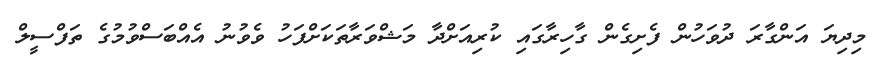
މިދިޔަ އަންގާރަ ދުވަހުން ފެށިގެން ގާހިރާގައި ކުރިއަށްދާ މަޝްވަރާތަކަށްފަހު ވެވުނު އެއްބަސްވުމުގެ ތަފްސީލް